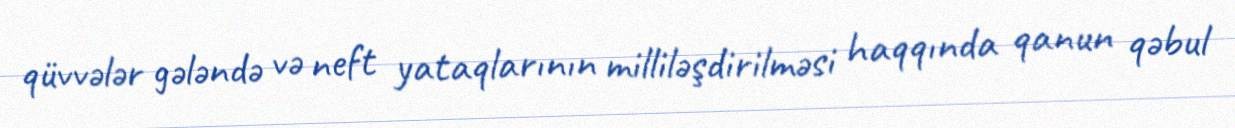
qüvvələr gələndə və neft yataqlarının milliləşdirilməsi haqqında qanun qəbul